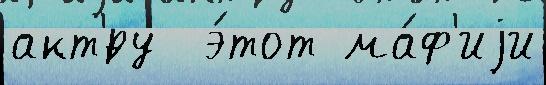
акт'́ру  э́тот ма́ф'иjи